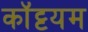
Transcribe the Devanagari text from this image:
कॉट्टयम